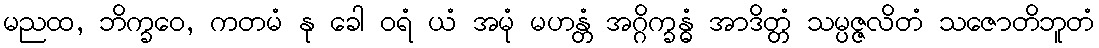
မညထ, ဘိက္ခဝေ, ကတမံ နု ခေါ ဝရံ ယံ အမုံ မဟန္တံ အဂ္ဂိက္ခန္ဓံ အာဒိတ္တံ သမ္ပဇ္ဇလိတံ သဇောတိဘူတံ